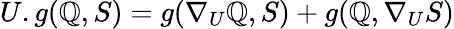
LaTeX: U.g(\mathbb{Q},S)=g(\nabla_{U}\mathbb{Q},S)+g(\mathbb{Q},\nabla_{U}S)